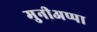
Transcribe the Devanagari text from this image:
मुनीअप्पा